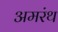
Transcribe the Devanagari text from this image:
अमरंथ